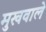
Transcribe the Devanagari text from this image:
मुखवाले